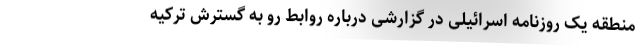
منطقه یک روزنامه اسرائیلی در گزارشی درباره روابط رو به گسترش ترکیه